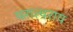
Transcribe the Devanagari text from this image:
परात्पराय